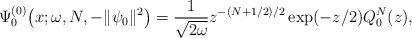
LaTeX: \begin{align*} \Psi _{0}^{(0) }\big(x;\omega ,N,- \Vert \psi _{0} \Vert ^{2}\big)=\frac{1}{\sqrt{2\omega }}z^{-(N+1/2)/2}\exp ( -z/2 ) Q_{0}^{N}(z), \end{align*}